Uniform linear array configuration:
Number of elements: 12
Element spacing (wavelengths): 0.25
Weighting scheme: exponential
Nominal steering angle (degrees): -15
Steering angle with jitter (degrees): -15.693
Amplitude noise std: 0.05
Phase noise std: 0.05

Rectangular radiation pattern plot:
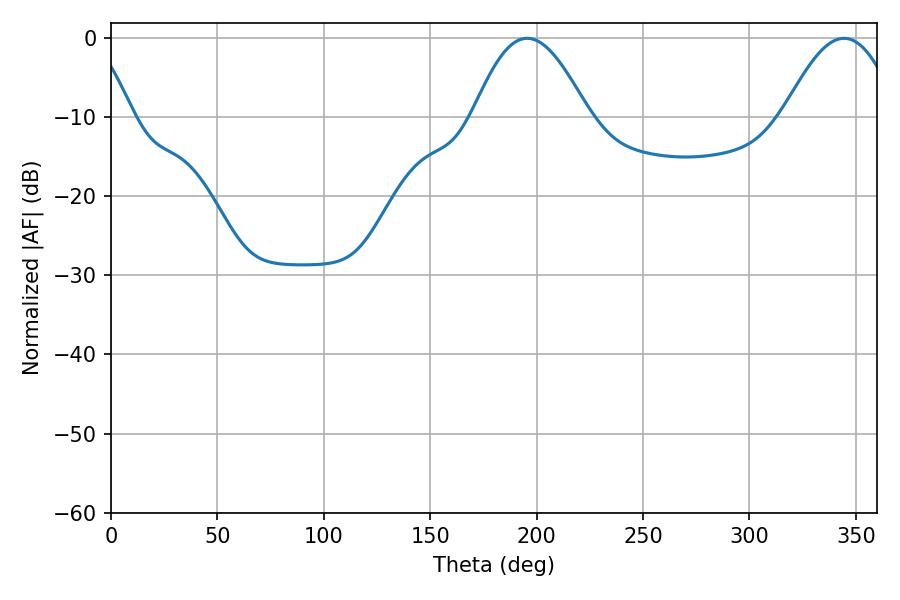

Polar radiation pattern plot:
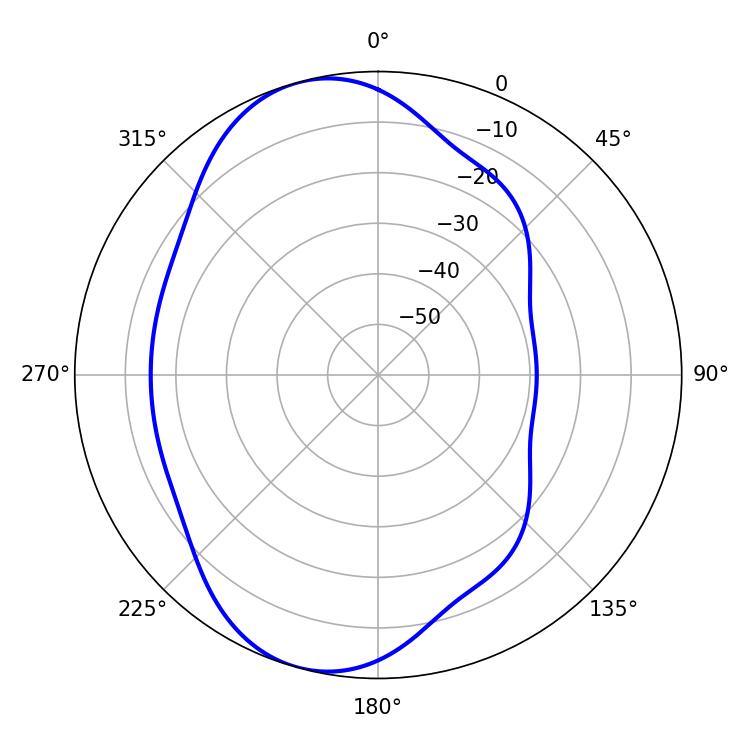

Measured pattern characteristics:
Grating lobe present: FALSE
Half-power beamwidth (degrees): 29.34
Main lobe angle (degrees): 195.48